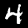
Digit: 4